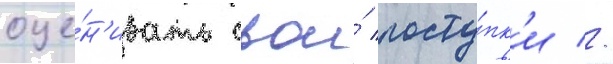
оце́н'ивать свои́ посту́пк'и //